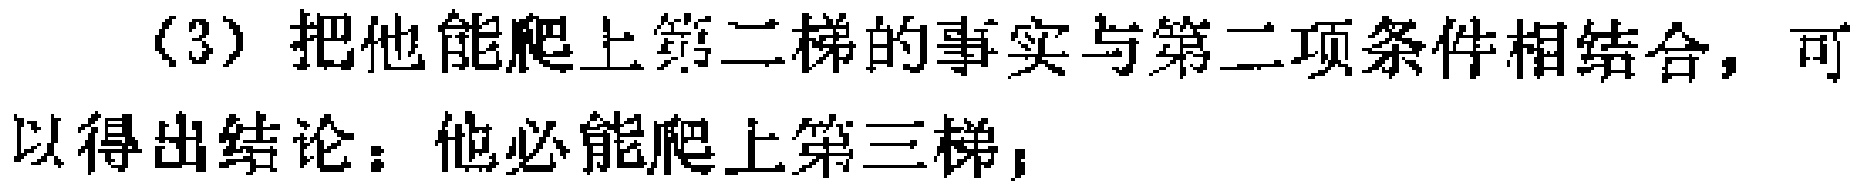
（3）把他能爬上第二梯的事实与第二项条件相结合，可以得出结论：他必能爬上第三梯；